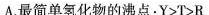
A.最简单氢化物的沸点：$$Y>T>R$$